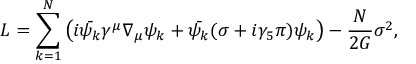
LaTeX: L = \sum _ { k = 1 } ^ { N } \left( i \bar { \psi _ { k } } \gamma ^ { \mu } \nabla _ { \mu } \psi _ { k } + \bar { \psi _ { k } } ( \sigma + i \gamma _ { 5 } \pi ) \psi _ { k } \right) - \frac { N } { 2 G } \sigma ^ { 2 } ,